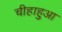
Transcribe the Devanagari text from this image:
चीहाहुआ